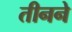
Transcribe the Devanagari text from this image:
तीनने